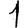
Digit: 1